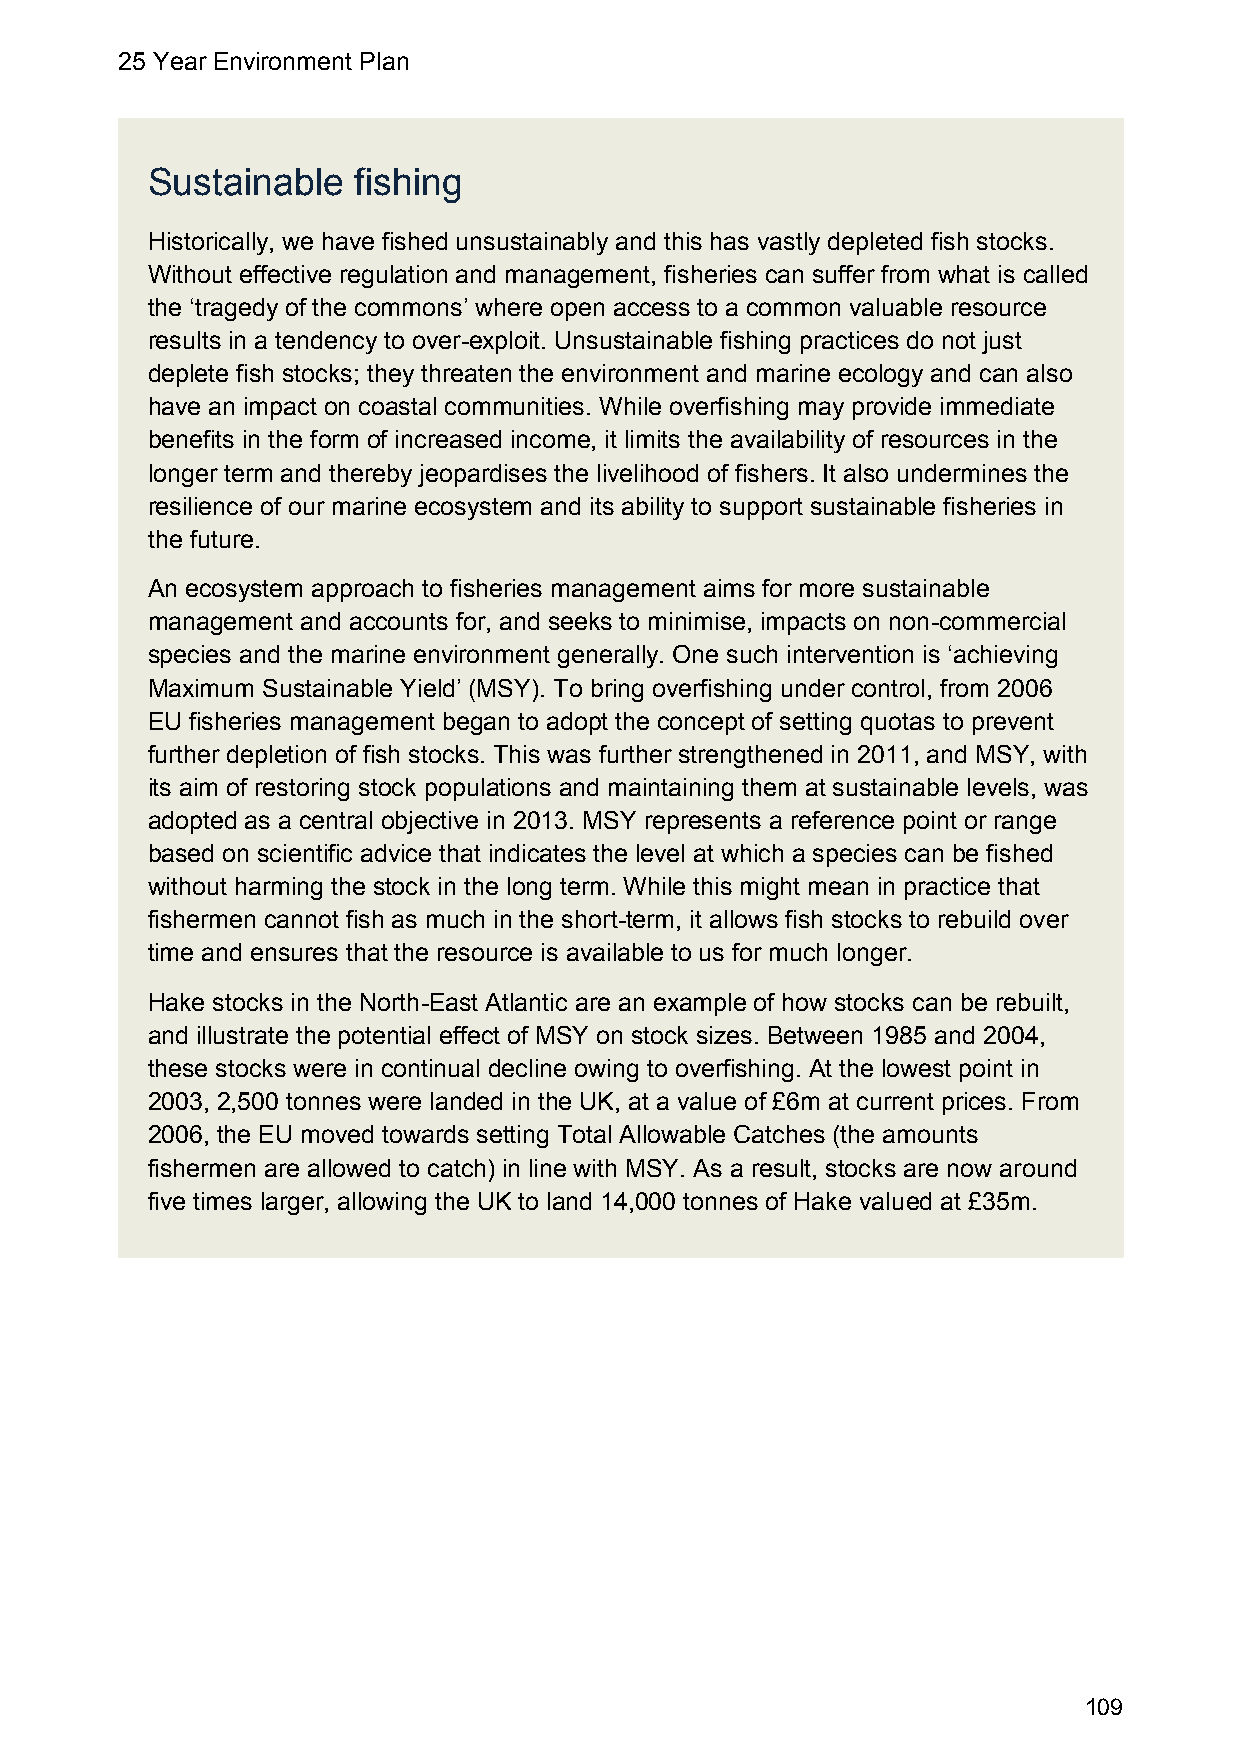
25 Year Environment Plan
 Sustainable  fishing
 Historically, we have fished unsustainably and this has vastly depleted fish stocks.
 Without effective regulation and management, fisheries can suffer from what is called
 the ‘tragedy of the commons’ where open access to a common valuable resource
 results in a tendency to over-exploit. Unsustainable fishing practices do not just
 deplete fish stocks; they threaten the environment and marine ecology and can also
 have an impact on coastal communities. While overfishing may provide immediate
 benefits in the form of increased income, it limits the availability of resources in the
 longer term and thereby jeopardises the livelihood of fishers. It also undermines the
 resilience of our marine ecosystem and its ability to support sustainable fisheries in
 the future.
 An ecosystem approach to fisheries management aims for more sustainable
 management and accounts for, and seeks to minimise, impacts on non-commercial
 species and the marine environment generally. One such intervention is ‘achieving
 Maximum Sustainable Yield’ (MSY). To bring overfishing under control, from 2006
 EU fisheries management began to adopt the concept of setting quotas to prevent
 further depletion of fish stocks. This was further strengthened in 2011, and MSY, with
 its aim of restoring stock populations and maintaining them at sustainable levels, was
 adopted as a central objective in 2013. MSY represents a reference point or range
 based on scientific advice that indicates the level at which a species can be fished
 without harming the stock in the long term. While this might mean in practice that
 fishermen cannot fish as much in the short-term, it allows fish stocks to rebuild over
 time and ensures that the resource is available to us for much longer.
 Hake stocks in the North-East Atlantic are an example of how stocks can be rebuilt,
 and illustrate the potential effect of MSY on stock sizes. Between 1985 and 2004,
 these stocks were in continual decline owing to overfishing. At the lowest point in
 2003, 2,500 tonnes were landed in the UK, at a value of £6m at current prices. From
 2006, the EU moved towards setting Total Allowable Catches (the amounts
 fishermen are allowed to catch) in line with MSY. As a result, stocks are now around
 five times larger, allowing the UK to land 14,000 tonnes of Hake valued at £35m.
 109